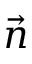
\vec { n }